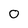
Character: O